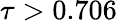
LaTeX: \tau>0.706